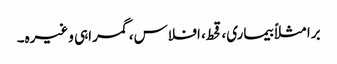
برا مثلاً بیماری، قحط، افلاس، گمراہی وغیرہ۔